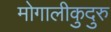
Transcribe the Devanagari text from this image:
मोगालीकुदुरु